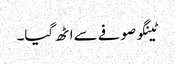
ٹینگو صوفے سے اٹھ گیا۔